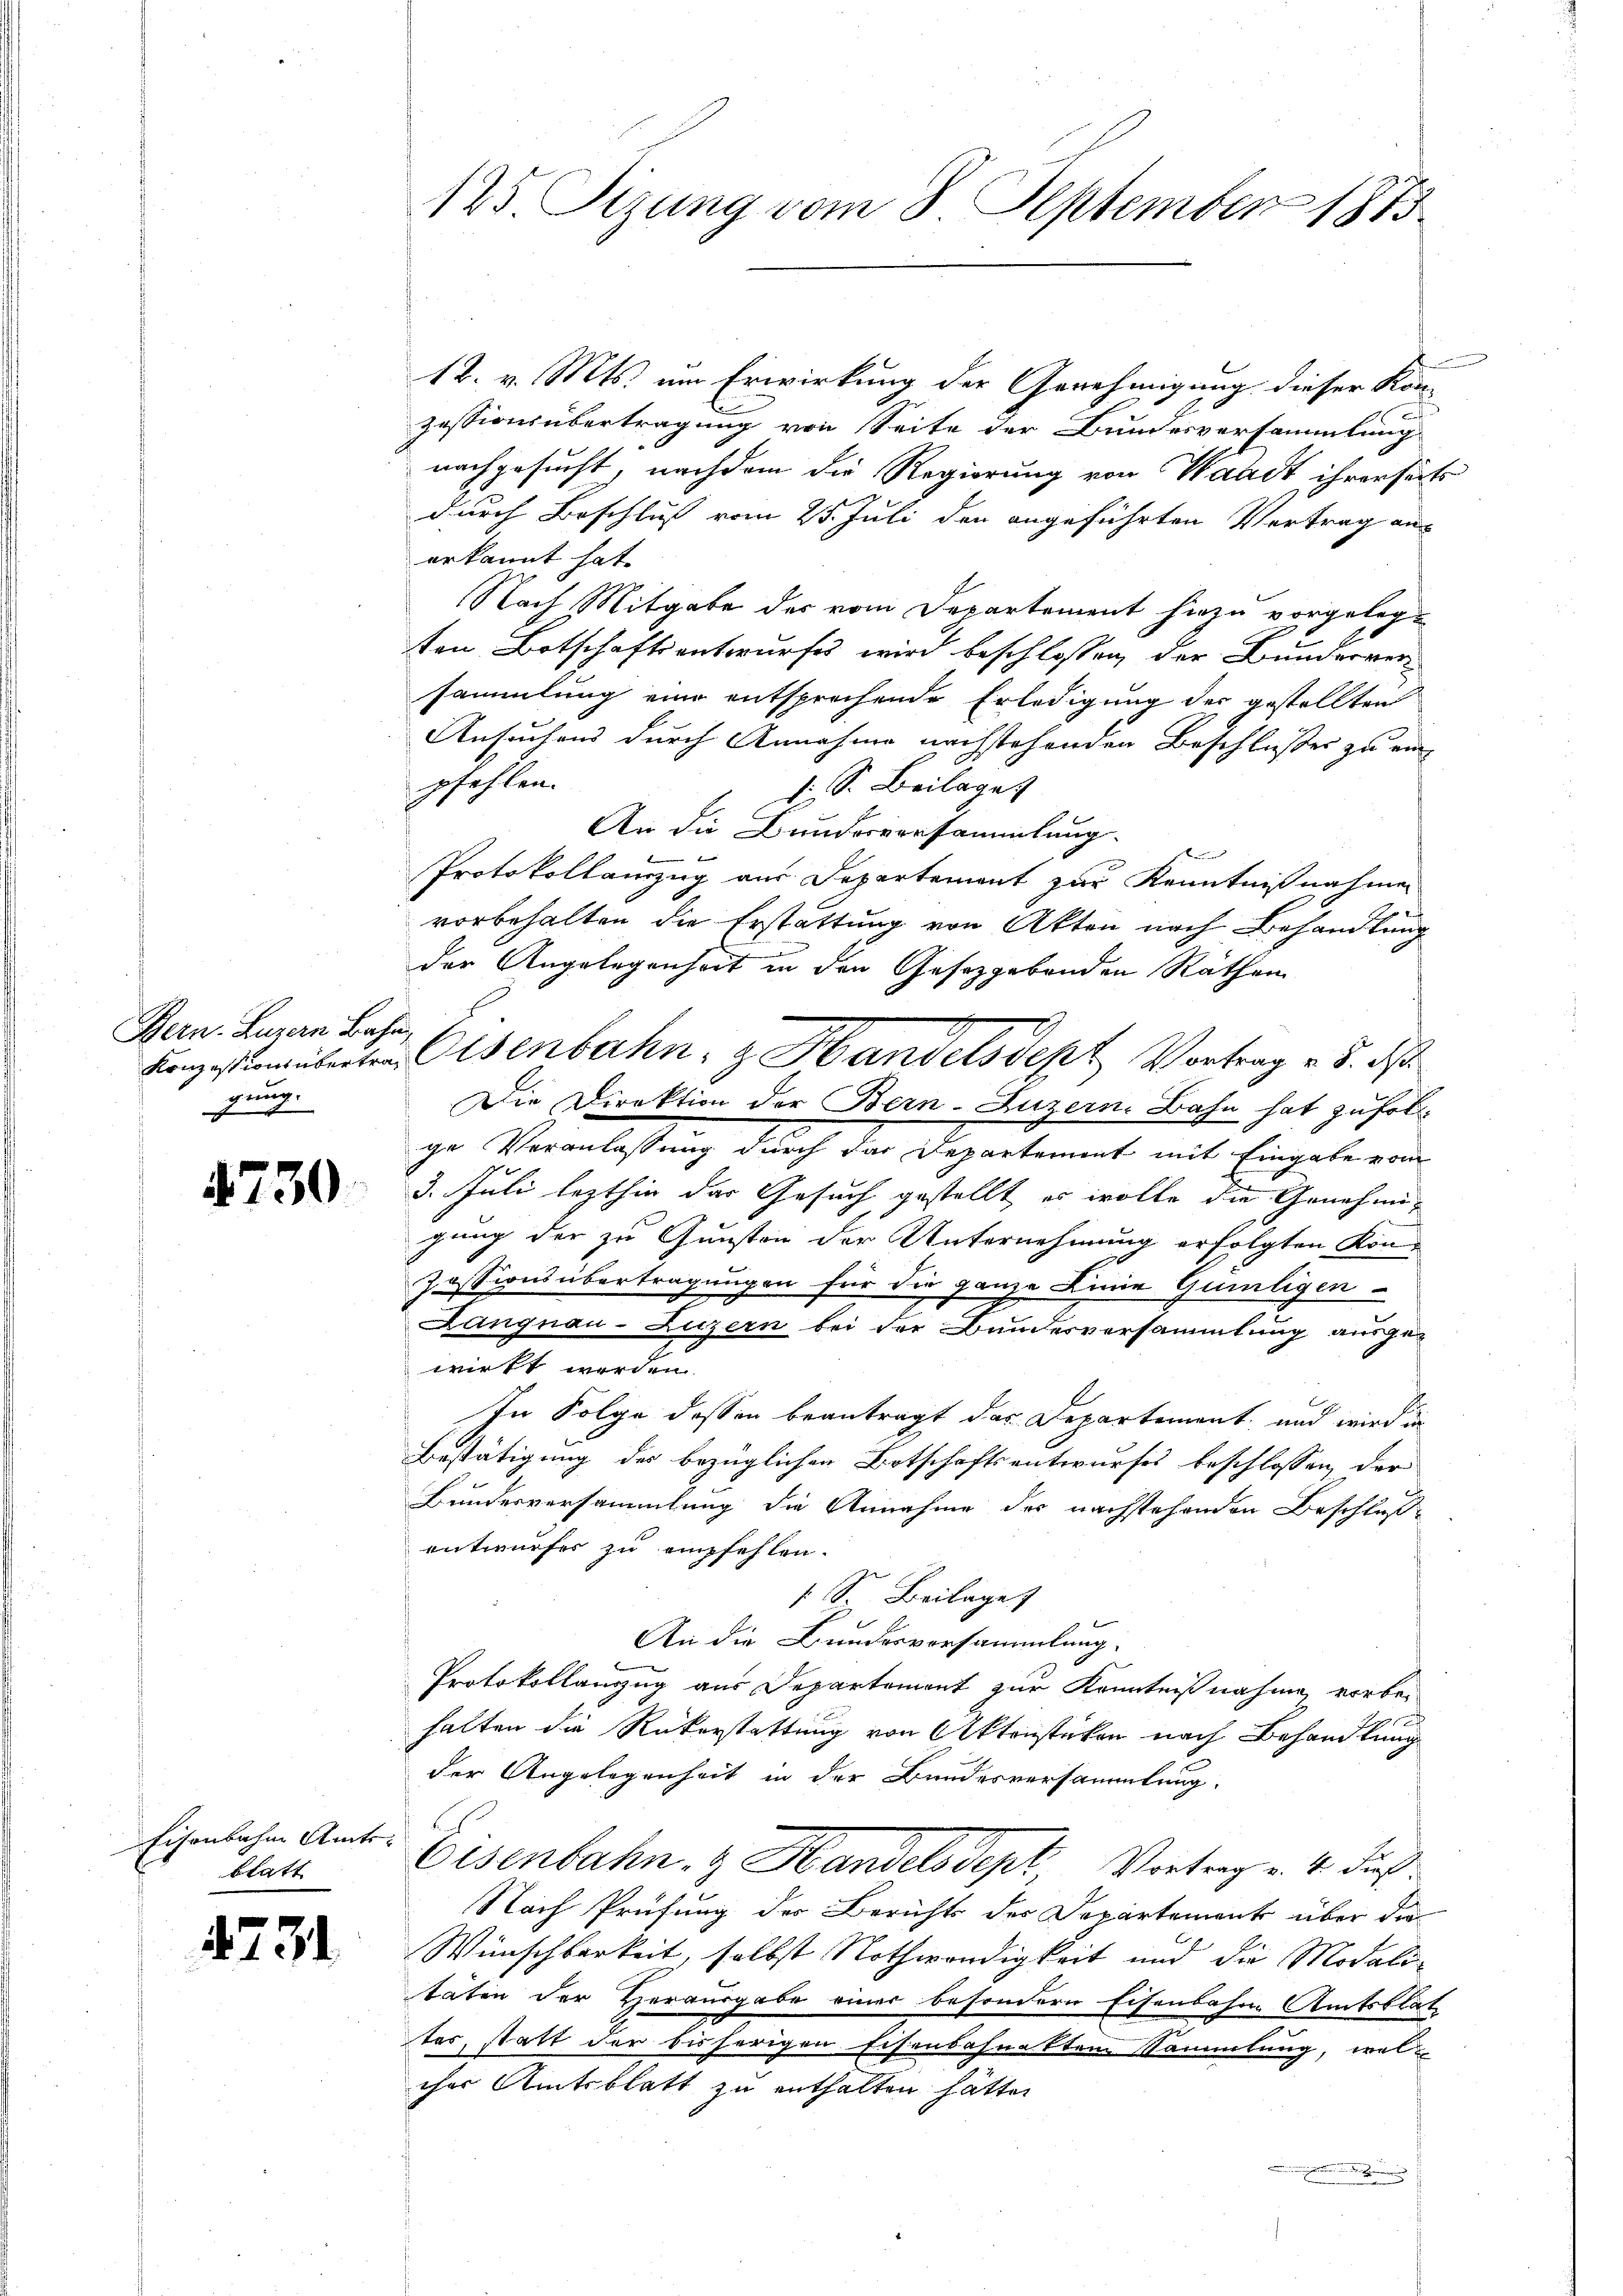
Bern. Luzern Bahn,
prung.

4730.

Eisenbahne Amts-
blatt

4731

125. Sizung vom 8. September 1873

12. v. Mts. um Erwirkung der Genehmigung dieser Konzessionsübertragung von Seite der Bundesversammlung
nachgesucht, nachdem die Regierung von Waadt ihrerseits
durch Beschluß vom 25. Juli den angeführten Vertrag aus
erkannt hat.
Nach Mitgabe der vom Departement hiezu vorgelegten Botschaftsantwurfes wird beschlossen, der Bunderversammlung eine entsprechende Erledigung des gestellten
Ansuchens durch Annahme nachstehenden Beschlußes zu ein
pfehlen.
J S. Beilage
An die Bundesversammlung.
Protokollanzug aus Departement zur Kenntnißnahmen
vorbehalten die Erstattung von Akten nach Behandlung
der Angelegenheit in den Gesetzgebenden Räthen
Konzestenüberten Osenbahn, z. Handelsdept Vortrag v. 5. ds
Die Direktion der Bern-Luzern, Bahn hat zufolge Veranlassung durch das Departement mit Eingabe vom
3. Juli lezthin der Gesuch gestellt es wolle die Genehmigung der zu Gunsten der Unternehmung erfolgten Kon-
Zessionsübertragungen für die ganze Linie Güntigen-
Langnau-Luzern bei der Bundesversammlung ausge-
wirkt werden
In Folge dessen beantragt das Departement, und wird in
Bestätigung des bezüglichen Botschaftsentwurfes beschlossen, der
Bundesversammlung die Annahme der nachstehenden Beschlußentwurfes zu empfehlen.
s. S. Beilage
An die Bundesversammlung.
Protokollauszug aus Departement zur Kenntnißnahme vorbehalten die Rükerstattung von Aktenstücken nach Behandlung
der Angelegenheit in der Bundesversammlung.
Eisenbahn- & Handelsdept Vortrag v. 4. dies
Nach Prüfung des Bericht der Departement über die
Wünschbarkeit, selbst Nothwendigkeit und die Modali-
täten der Herausgabe einer besondern Eisenbahne Amtsblat
.
tes, statt der bisherigen Eisenbahnakten Sammlung, welcher Amtsblatt zu enthalten hatte.